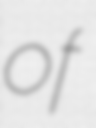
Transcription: of